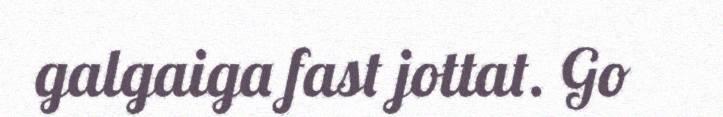
galgaiga fast jottat. Go